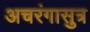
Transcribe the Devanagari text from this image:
अचरंगासुत्र